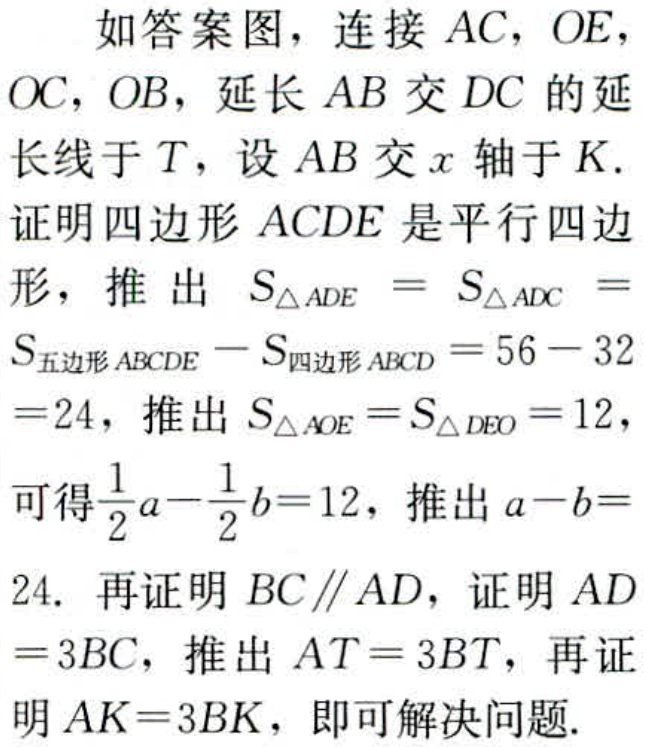
如答案图，连接 \(AC\)，\(OE\)，\(OC\)，\(OB\)，延长 \(AB\) 交 \(DC\) 的延长线于 \(T\)，设 \(AB\) 交 \(x\) 轴于 \(K\).
证明四边形 \(ACDE\) 是平行四边形，推出 \(S_{\triangle ADE}=S_{\triangle ADC}=S_{五边形 ABCDE}-S_{四边形 ABCD}=56 - 32=24\)，推出 \(S_{\triangle AOE}=S_{\triangle DEO}=12\)，可得\(\frac{1}{2}a-\frac{1}{2}b = 12\)，推出 \(a - b=24\). 再证明 \(BC\parallel AD\)，证明 \(AD = 3BC\)，推出 \(AT = 3BT\)，再证明 \(AK = 3BK\)，即可解决问题.